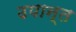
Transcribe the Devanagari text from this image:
उपान्त